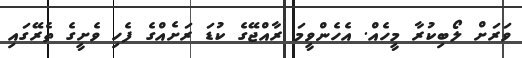
ވަރަށް ލޯބިކުރާ މީހެއް. އެހެންވީމަ ރާއްޖޭގެ ކުޑަ ރަށެއްގެ ފެހި ވެށީގެ ތެރޭގައި